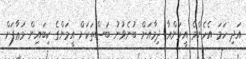
އަދި ހަމަ އެހެންމެ އީމަންއާ ދިމާއަށް ބުނެވުނު ބަސްތަކަށް އީމަންގެ ކިބައިން މަޢާފަށް